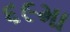
૬૯મા